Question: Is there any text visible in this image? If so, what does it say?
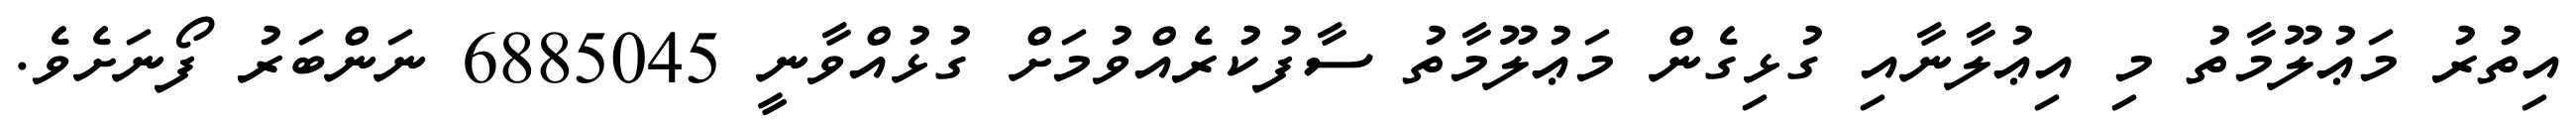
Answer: އިތުރު މަޢުލޫމާތު މި އިޢުލާނާއި ގުޅިގެން މަޢުލޫމާތު ސާފުކުރެއްވުމަށް ގުޅުއްވާނީ 6885045 ނަންބަރު ފޯނަށެވެ.